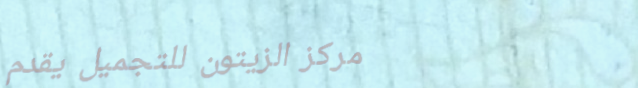
مركز الزيتون للتجميل يقدم